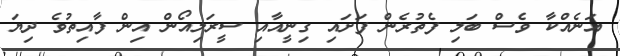
އަނެއްކާ ވެސް ބަލި ފެތުރެން ފަށައި ގިނީއާއި ސީރަލިއޯން އިން ފާއިތުވެ ދިޔަ